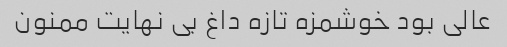
عالی بود خوشمزه تازه داغ بی نهایت ممنون